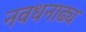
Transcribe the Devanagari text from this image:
नवधनाढ्य